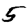
Digit: 5